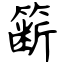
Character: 簖